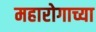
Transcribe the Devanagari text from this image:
महारोगाच्या